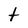
Character: t